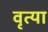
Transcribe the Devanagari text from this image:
वृत्या